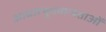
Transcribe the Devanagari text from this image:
आधारभूतमान्यताओं